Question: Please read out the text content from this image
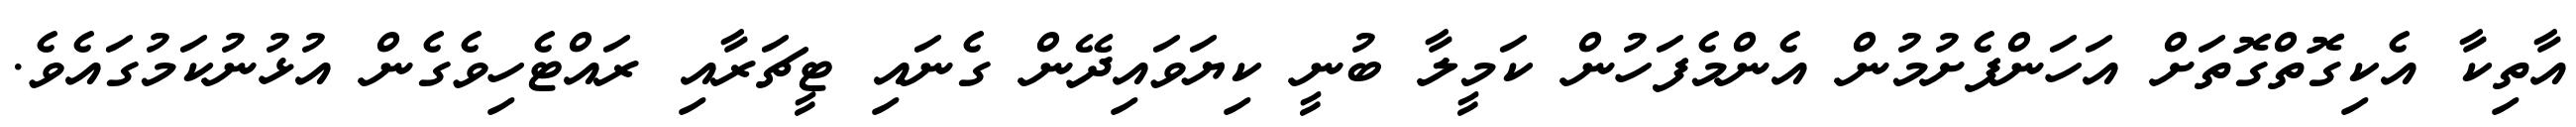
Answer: އާތިކާ އެކިގޮތްގޮތަށް އަހަންފެށުމުން އެންމެފަހުން ކަމީލާ ބުނީ ކިޔަވައިދޭން ގެނައި ޓީޗަރާއި ރައްޓެހިވެގެން އުޅުނުކަމުގައެވެ.